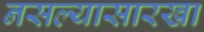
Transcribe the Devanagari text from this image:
नसल्यासारखा